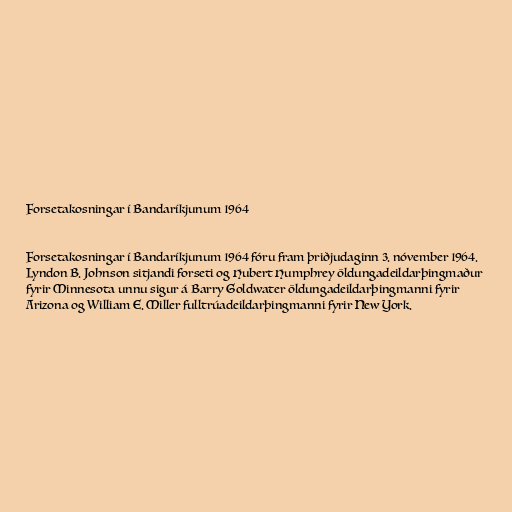
Forsetakosningar í Bandaríkjunum 1964

Forsetakosningar í Bandaríkjunum 1964 fóru fram þriðjudaginn 3. nóvember 1964.
Lyndon B. Johnson sitjandi forseti og Hubert Humphrey öldungadeildarþingmaður
fyrir Minnesota unnu sigur á Barry Goldwater öldungadeildarþingmanni fyrir
Arizona og William E. Miller fulltrúadeildarþingmanni fyrir New York.